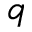
q